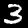
Digit: 3